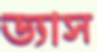
ড্যাস